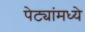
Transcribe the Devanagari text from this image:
पेट्यांमध्ये